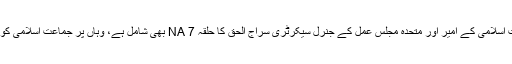
لوئیر دیر جہاں جماعت اسلامی کے امیر اور متحدہ مجلس عمل کے جنرل سیکرٹری سراج الحق کا حلقہ NA 7 بھی شامل ہے، وہاں پر جماعت اسلامی کو پریشانی کا سامنا ہے۔